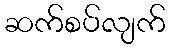
ဆက်စပ်လျက်